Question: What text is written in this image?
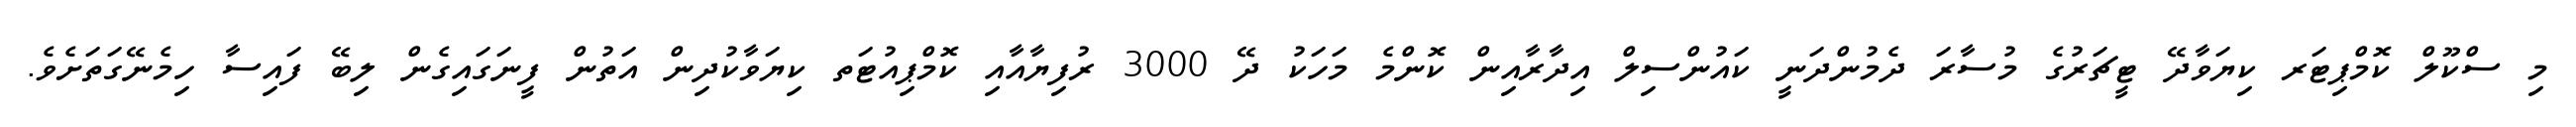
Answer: މި ސްކޫލް ކޮމްޕިޓަރ ކިޔަވާދޭ ޓީޗަރުގެ މުސާރަ ދެމުންދަނީ ކައުންސިލް އިދާރާއިން ކޮންމެ މަހަކު ދޭ 3000 ރުފިޔާއާއި ކޮމްޕިއުޓަތ ކިޔަވާކުދިން އަތުން ފީނަގައިގެން ލިބޭ ފައިސާ ހިމެނޭގަތަށެވެ.